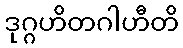
ဒုဂ္ဂဟိတဂါဟီတိ